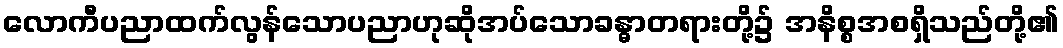
လောကီပညာထက်လွန်သောပညာဟုဆိုအပ်သောခန္ဓာတရားတို့၌ အနိစ္စအစရှိသည်တို့၏